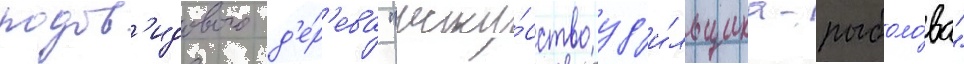
родов'идового д'е́р'ева "иску́сство уд'и́льщика-рыболо́ва"